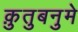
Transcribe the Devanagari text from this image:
क़ुतुबनुमे